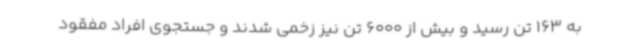
به 163 تن رسید و بیش از 6000 تن نیز زخمی شدند و جستجوی افراد مفقود